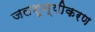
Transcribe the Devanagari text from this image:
जलशून्यीकरण